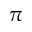
\boldsymbol { \pi }